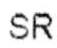
SR